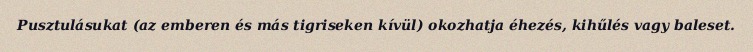
Pusztulásukat (az emberen és más tigriseken kívül) okozhatja éhezés, kihűlés vagy baleset.